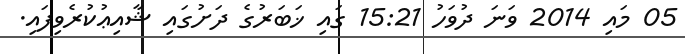
05 މައި 2014 ވަނަ ދުވަހު 15:21 ގައި ޚަބަރުގެ ދަށުގައި ޝާއިޢުކުރެވިފައި.